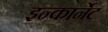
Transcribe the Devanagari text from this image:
इन्कार्नेट